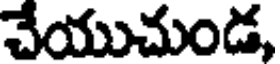
చేయుచుండ,